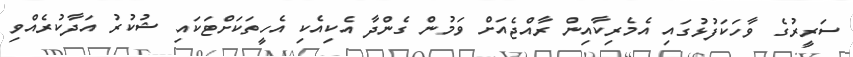
ސަރީރުގެ ވާހަކަފުޅުގައި އެމެރިކާއިން ރާއްޖެއަށް ވަމުން ގެންދާ އެކިއެކި އެހީތަކަށްޓަކައި ޝުކުރު އަދާކުރެއްވި